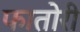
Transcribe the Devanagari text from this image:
फातोरी